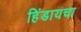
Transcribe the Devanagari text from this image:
हिंडायचा